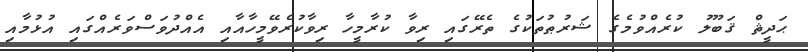
ޙަދީޘް ޤަބޫލު ކުރެއްވުމެގެ ޝަރުޠުތަކުގެ ތެރޭގައި ރިވާ ކުރާމީހާ ރިވާކުރެވޭމީހާއާއި އެއްދުވަސްވަރެއްގައި އުޅުމާއި